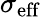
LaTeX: \sigma_{\textup{eff}}